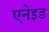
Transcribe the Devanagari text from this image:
एनेइड